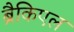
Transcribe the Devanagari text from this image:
ब्रैकिएल